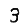
Digit: 3